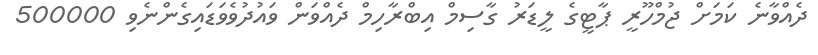
ދެއްވާނެ ކަމަށް ޖުމްހޫރީ ޕާޓީގެ ލީޑަރު ގާސިމް އިބްރާހިމް ދެއްވަން ވައުދުވެވަޑައިގެންނެވި 500000